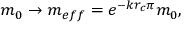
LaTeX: m _ { 0 } \to m _ { e f f } = e ^ { - k r _ { c } \pi } m _ { 0 } ,